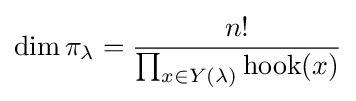
\dim \pi _{\lambda }={\frac {n!}{\prod _{x\in Y(\lambda )}\operatorname {hook} (x)}}